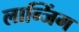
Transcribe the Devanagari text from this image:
लान्जिंग